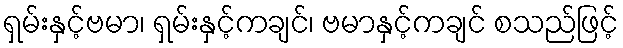
ရှမ်းနှင့်ဗမာ၊ ရှမ်းနှင့်ကချင်၊ ဗမာနှင့်ကချင် စသည်ဖြင့်